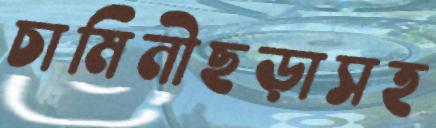
চামিনীছড়াসহ